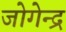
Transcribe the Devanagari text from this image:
जोगेन्द्र